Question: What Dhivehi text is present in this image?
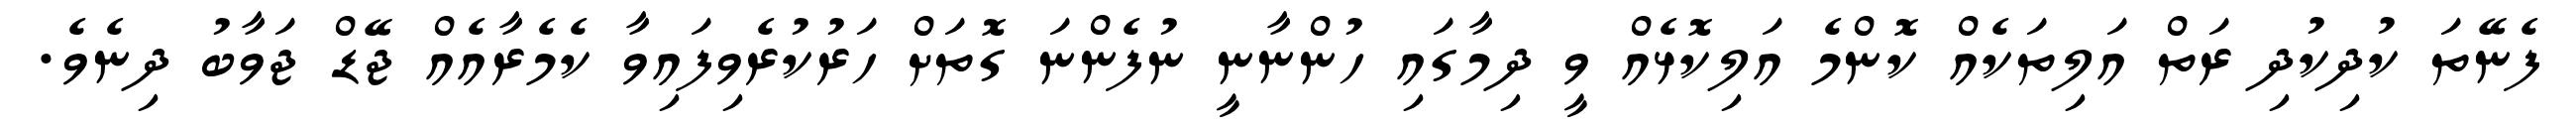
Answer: ފެނޭތަ ކުދިކުދި ރަތް އަލިތަކެއް ކޮންމެ އަލިކޮޅެއް ވީ ދިމާގައި ހުންނާނީ ނުފެންނަ ގޮތަށް ހަރުކުރެވިފައިވާ ކެމެރާއެއް ޖޭޑް ޖަވާބު ދިނެވެ.